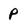
Character: P